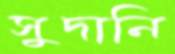
সুদানি